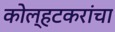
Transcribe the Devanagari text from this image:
कोल्हटकरांचा